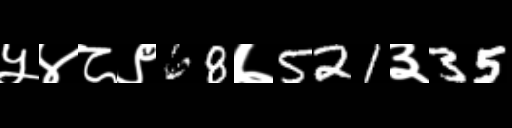
Text: ५४८९68७521३35